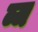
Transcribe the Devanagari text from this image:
ब्ज